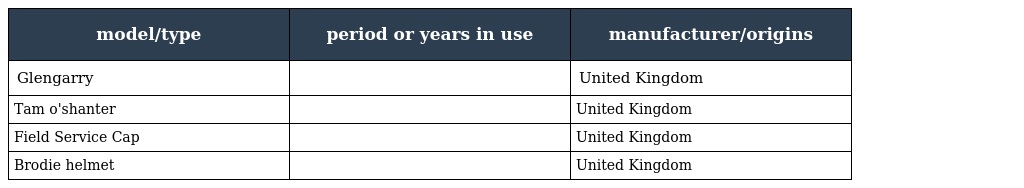
| model/type | period or years in use | manufacturer/origins |
 | --- | --- | --- |
 | Glengarry |  | United Kingdom |
 | Tam o'shanter |  | United Kingdom |
 | Field Service Cap |  | United Kingdom |
 | Brodie helmet |  | United Kingdom |